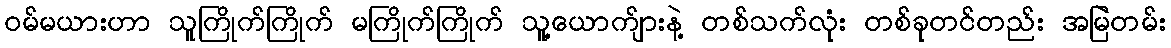
ဝမ်မယားဟာ သူကြိုက်ကြိုက် မကြိုက်ကြိုက် သူ့ယောက်ျားနဲ့ တစ်သက်လုံး တစ်ခုတင်တည်း အမြဲတမ်း